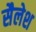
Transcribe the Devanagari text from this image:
सैलेश